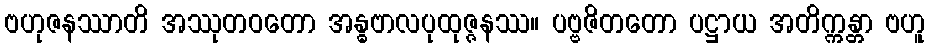
ဗဟုဇနဿာတိ အဿုတဝတော အန္ဓဗာလပုထုဇ္ဇနဿ။ ပဗ္ဗဇိတတော ပဋ္ဌာယ အတိက္ကန္တာ ဗဟူ